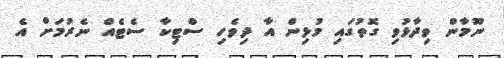
ނޫމާން ވިދާޅުވި ގޮތުގައި މުޅިން އާ ދިވެހި ސްޓިކާ ސެޓެއް ނެރުމަށް އެ